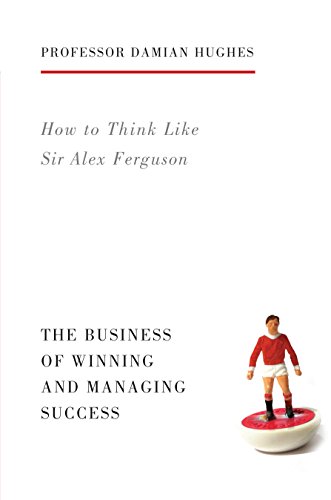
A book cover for How to Think Like Sir Alex Ferguson: The Business of Winning and Managing Success; Damian Hughes; Biographies & Memoirs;